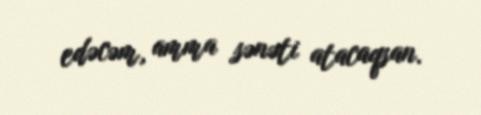
edəcəm, amma sənəti atacaqsan.